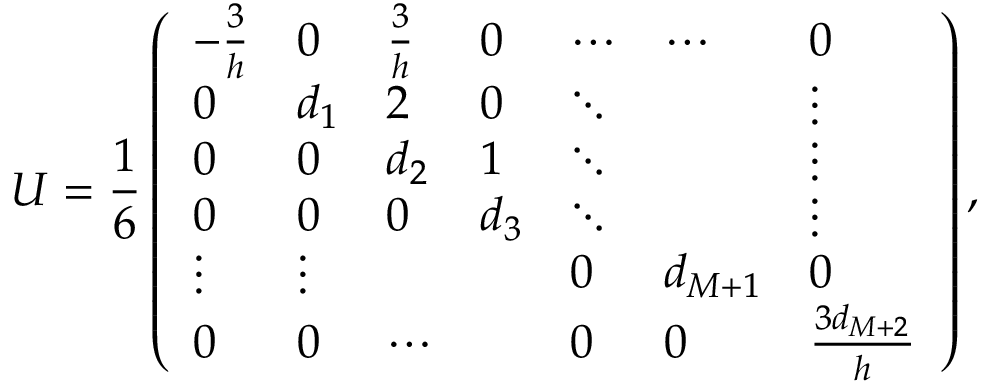
U = \frac { 1 } { 6 } \left( \begin{array} { l l l l l l l } { - \frac { 3 } { h } } & { 0 } & { \frac { 3 } { h } } & { 0 } & { \cdots } & { \cdots } & { 0 } \\ { 0 } & { d _ { 1 } } & { 2 } & { 0 } & { \ddots } & & { \vdots } \\ { 0 } & { 0 } & { d _ { 2 } } & { 1 } & { \ddots } & & { \vdots } \\ { 0 } & { 0 } & { 0 } & { d _ { 3 } } & { \ddots } & & { \vdots } \\ { \vdots } & { \vdots } & & & { 0 } & { d _ { M + 1 } } & { 0 } \\ { 0 } & { 0 } & { \cdots } & & { 0 } & { 0 } & { \frac { 3 d _ { M + 2 } } { h } } \end{array} \right) ,